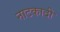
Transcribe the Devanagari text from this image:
नाटकादी